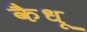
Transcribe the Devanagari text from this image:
कैधू